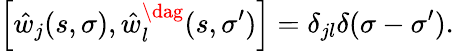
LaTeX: \left[\hat{w}_{j}(s,\sigma),\hat{w}_{l}^{\dag}(s,\sigma^{\prime})\right]=\delta_{jl}\delta(\sigma-\sigma^{\prime}).